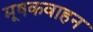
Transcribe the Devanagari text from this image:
मूषकवाहन